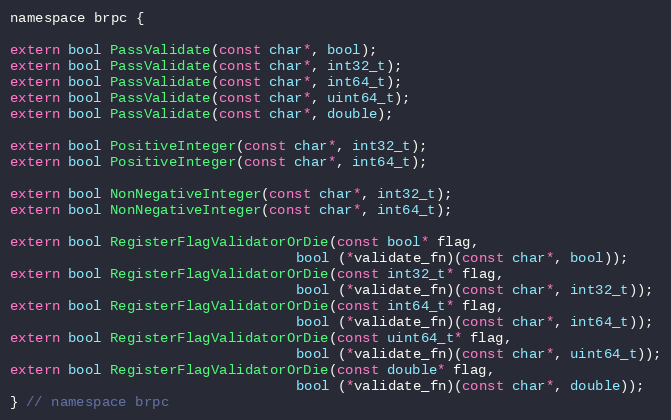
Language: C
namespace brpc {

extern bool PassValidate(const char*, bool);
extern bool PassValidate(const char*, int32_t);
extern bool PassValidate(const char*, int64_t);
extern bool PassValidate(const char*, uint64_t);
extern bool PassValidate(const char*, double);

extern bool PositiveInteger(const char*, int32_t);
extern bool PositiveInteger(const char*, int64_t);

extern bool NonNegativeInteger(const char*, int32_t);
extern bool NonNegativeInteger(const char*, int64_t);

extern bool RegisterFlagValidatorOrDie(const bool* flag,
                                  bool (*validate_fn)(const char*, bool));
extern bool RegisterFlagValidatorOrDie(const int32_t* flag,
                                  bool (*validate_fn)(const char*, int32_t));
extern bool RegisterFlagValidatorOrDie(const int64_t* flag,
                                  bool (*validate_fn)(const char*, int64_t));
extern bool RegisterFlagValidatorOrDie(const uint64_t* flag,
                                  bool (*validate_fn)(const char*, uint64_t));
extern bool RegisterFlagValidatorOrDie(const double* flag,
                                  bool (*validate_fn)(const char*, double));
} // namespace brpc